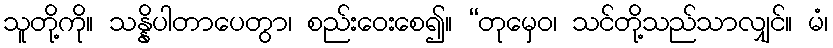
သူတို့ကို။ သန္နိပါတာပေတွာ၊ စည်းဝေးစေ၍။ “တုမှေဝ၊ သင်တို့သည်သာလျှင်။ မံ၊